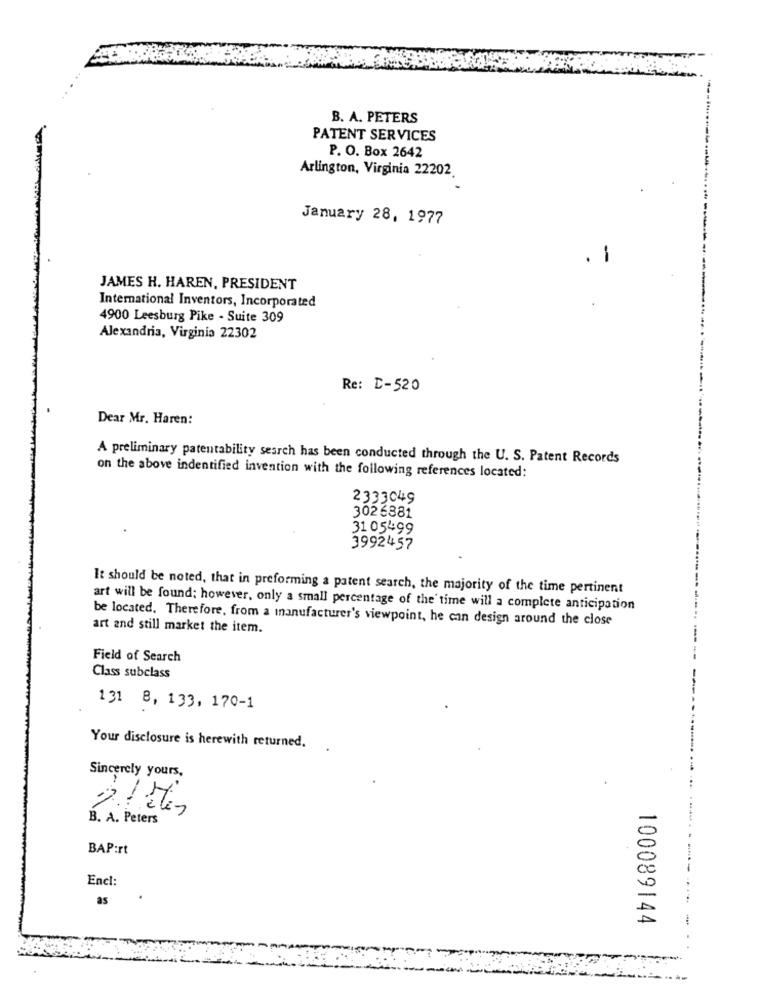
B. A. PETERS
PATENT SERVICES
P. O. Box 2642
Arlington, Virginia 22202.
January 28, 1977
. 1
JAMES H. HAREN, PRESIDENT
International Inventors, Incorporated
4900 Leesburg Pike - Suite 309
Alexandria, Virginia 22302
Re: D-520
Dear Mr. Haren:
A preliminary patentability search has been conducted through the U. S. Patent Records
on the above indentified invention with the following references located:
2333049
3026881
31 05499
3992457
It should be noted, that in preforming a patent search, the majority of the time pertinent
art will be found; however, only a small percentage of the time will a complete anticipation
be located. Therefore, from a manufacturer's viewpoint, he can design around the close
art and still market the item.
Field of Search
Class subclass
131 8, 133, 170-1
Your disclosure is herewith returned.
Sincerely yours,
B. A. Peters
BAP:rt
Encl:
as
100089144
-